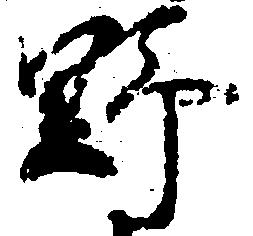
野